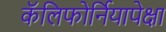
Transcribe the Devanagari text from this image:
कॅलिफोर्नियापेक्षा